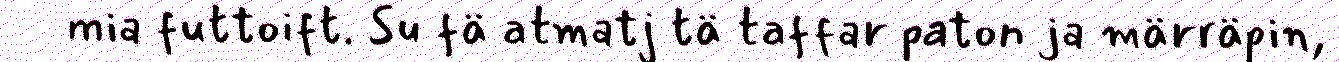
mia futtoift. Su fä atmatj tä taffar paton ja märräpin,